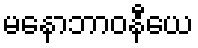
မနောဘာဝနီယေ